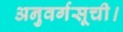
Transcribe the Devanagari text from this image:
अनुवर्गसूची।